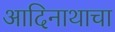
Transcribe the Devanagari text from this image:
आदिनाथाचा